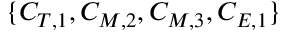
\{ C _ { T , 1 } , C _ { M , 2 } , C _ { M , 3 } , C _ { E , 1 } \}